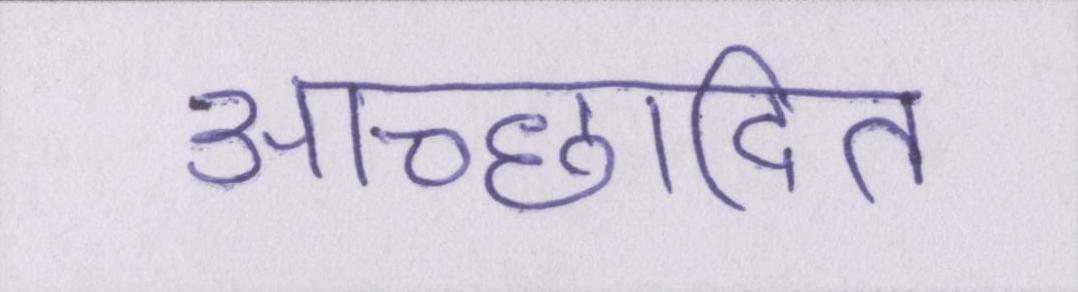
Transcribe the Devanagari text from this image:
आच्छादित